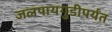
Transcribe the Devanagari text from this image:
जलपायगुडीपर्यंत